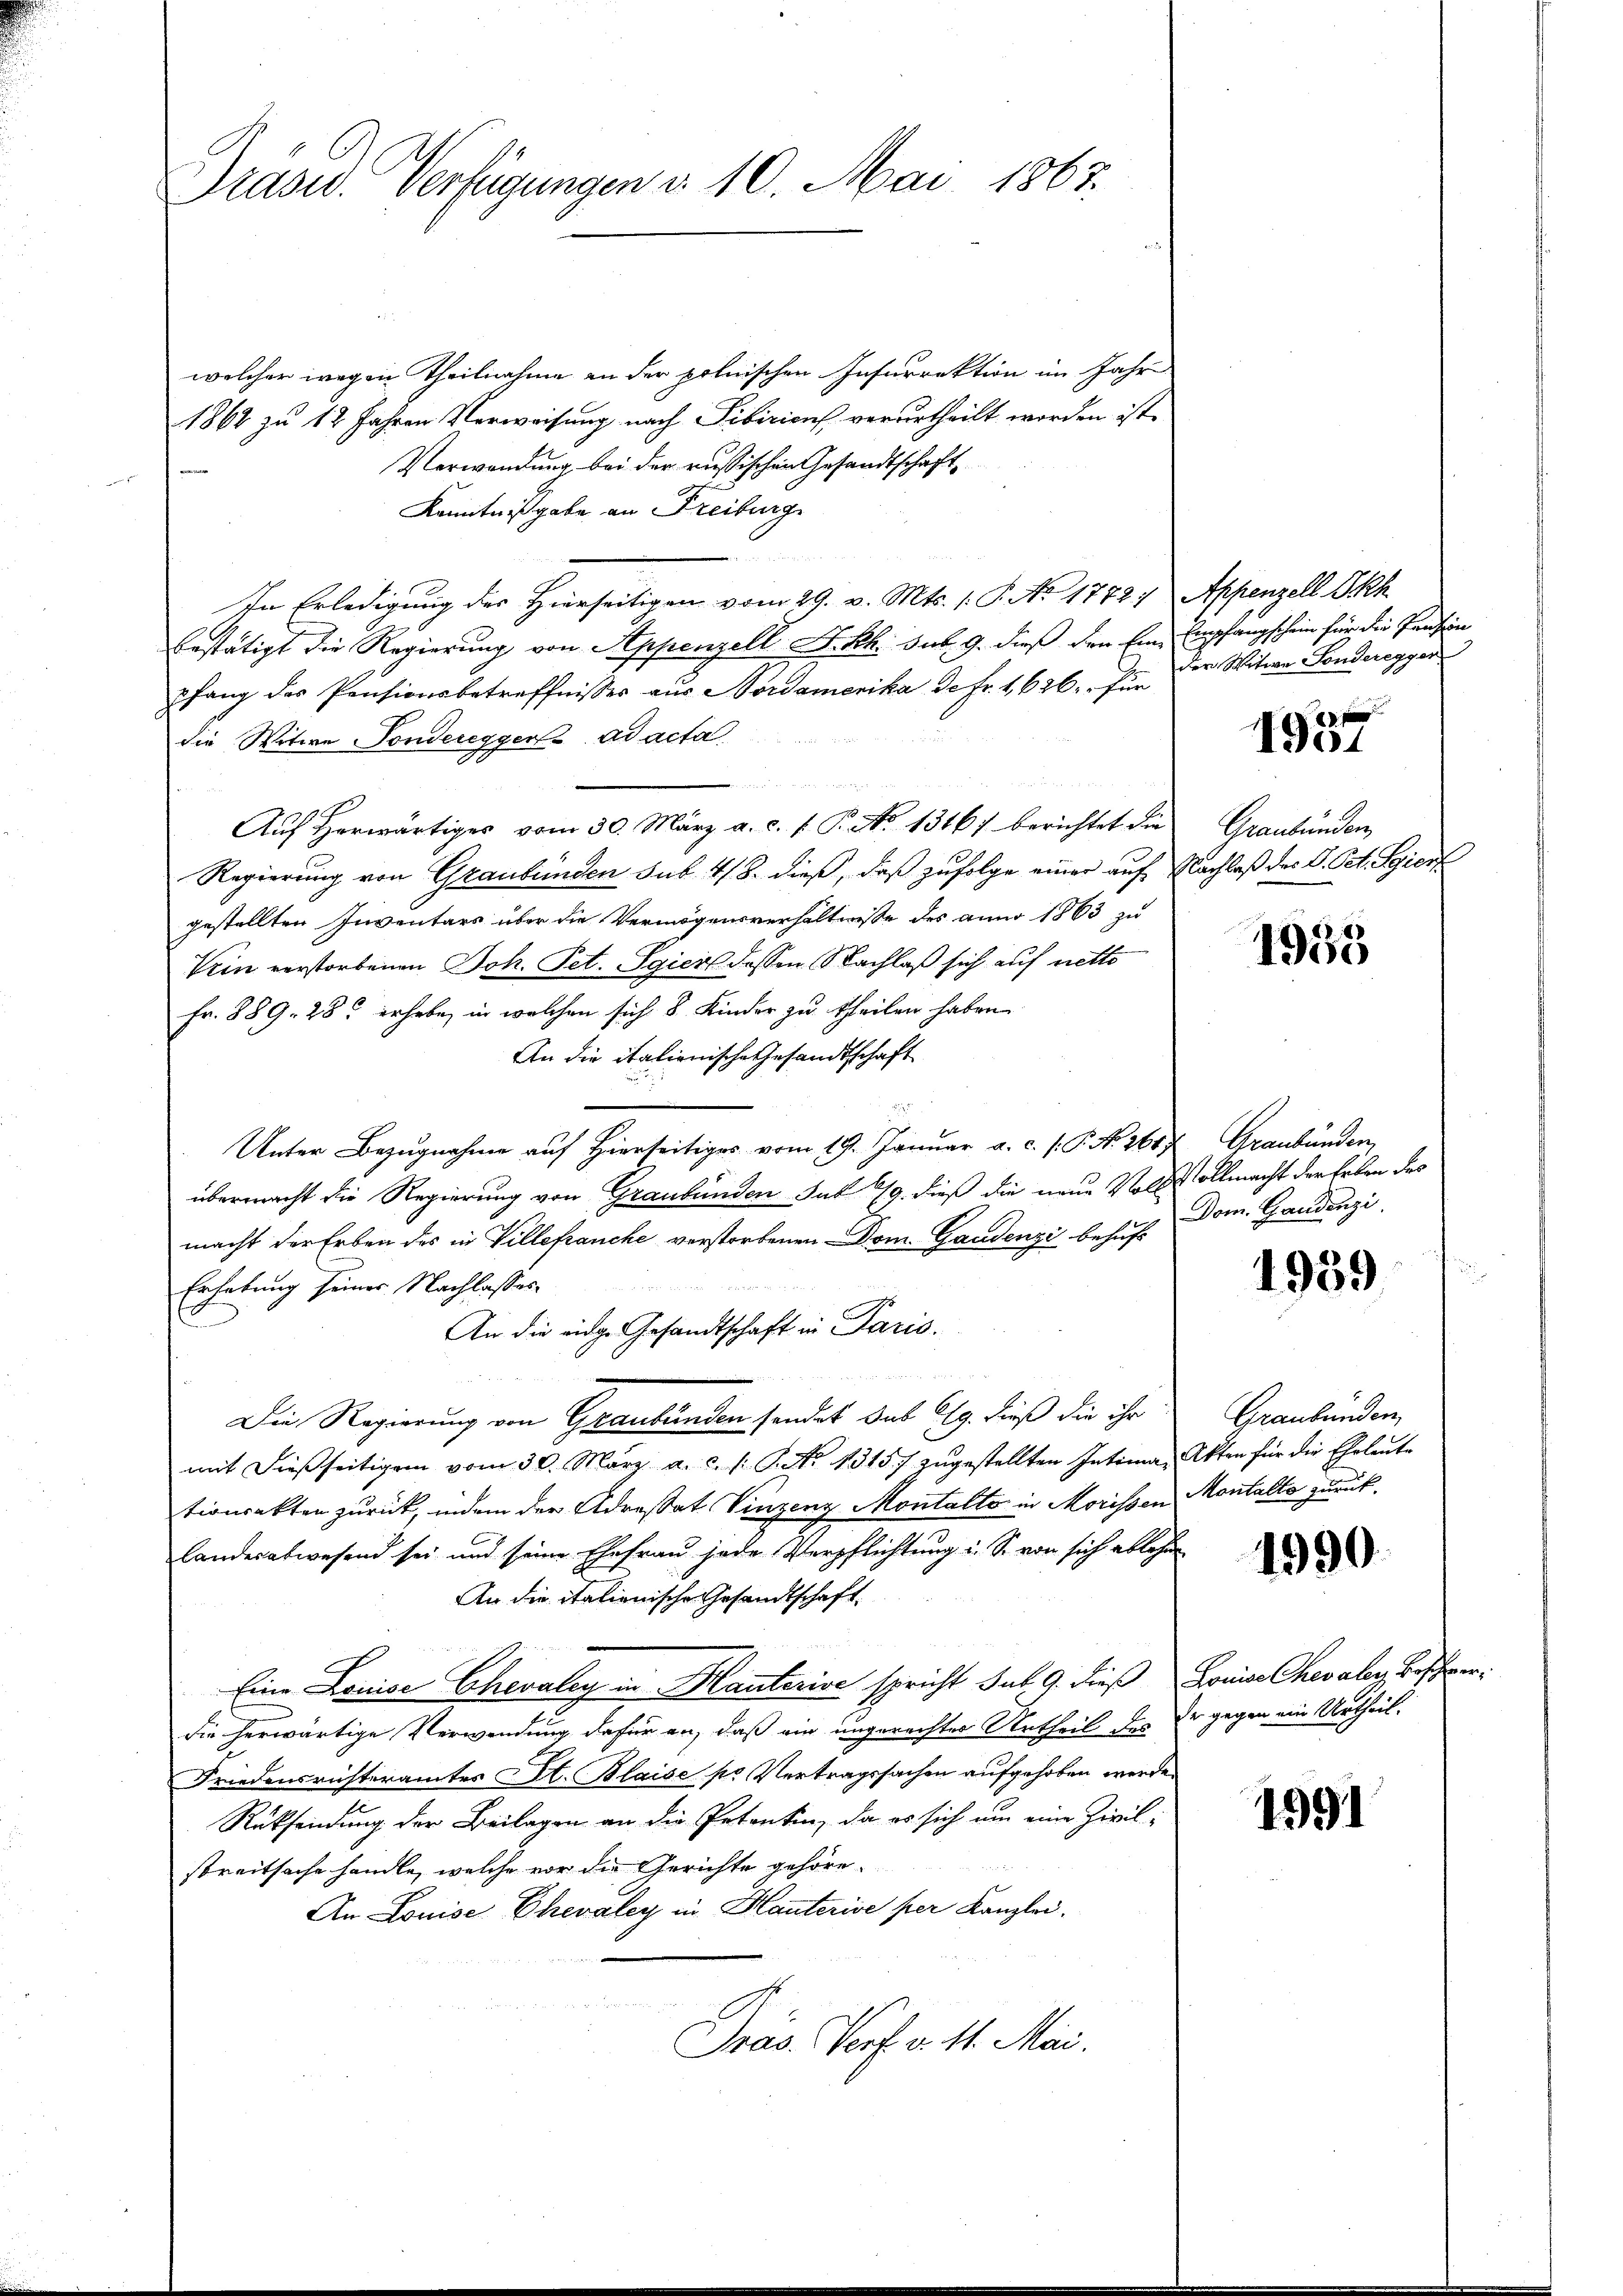
Präsid. Verfügungen v. 10. Mai 1863.

welcher wegen Theilnahme an der polnischen Insurrektion im Jahre
1864 zu 12 Jahren Verweisung nach Tibizions verurtheilt worden ist.
Verwendung bei der russischen Gesandtschaft
Kenntnißgabe an Freibung
In Erledigung des Hierseitigen vom 29. v. Mts. 1. P. No 17727 Appenzell Ikh
bestätigt die Regierung von Appenzell F. Rh. sub. 9. dieß den Eine Empfangschein für die Pension
pfang des Pensionsbetreffnisses aus Bordamerika de Fr. 1626. für
die Witwe Sondereggers ad acta.
Aŭf herwärtiges vom 30. März a. c. 1 P. No 1346) berichtet die
Regierung von Graubünden sub. 418. dieß, daß zufolge einer auf Nachlaß des V. Oct. Spiert
gestellten Inventars über die Vermögensverhältnisse des anno 1863 zu
Vein verstorbenen Joh. Pet. Egiert dessen Nachlaß sich auf netto
Fr. 889. 285 erhabe, in welchen sich 8 Kinder zu theilen haben
An die italienische Gesandtschaft
Unter Bezugnahme auf Hierseitiges vom 19. Januar a. c. s. P. No. 1687 Graubünden,
übermacht die Regierung von Graubünden sub 79. dieß die neue Vors Vollmacht der Erben des
macht der Erben des in Villefranche verstorbenen Dom. Gaudenzi behufs
Erhebung seiner Nachlasses
An die eidge Gesandtschaft in Paris.
Die Regierung von Graubünden sonder das Clg. dieß die ihr
mit dießseitigen vom 30. März a. c. s. S. 13157 zŭgestellten Intima, Akten für die Ehrleute
tionsakten zurück, indem der Adressat Vinzenz Montalte in Morissen Montalte zurücklanderatwesend sei und seine Ehefrau jede Verpflichtung i. S. von sich ablehn
An die italienische Gesandtschaft.
Eine Louise Chevaley in Hauterise spricht sub 9. dieß Louise Chevaler Beschwerdie herwärtige Verwendung dafür an, daß ein ungerechtes Urtheil des Er gegen ein Urtheil.
Friedensrichteramtes St. Blaise pr Vertragssachen aufgehoben werde.
Rücksendung der Beilagen an die Petenten, da es sich um eine Zivil-
streitsache handle, welche vor die Gerichte gehöre.
An Louise Chevaley in Kauterise per Kanzlei.
Präs. Vorf v. 11. Mai.

der Witwe Sonderegger

21 x
1901

Graubünden

1938

Dom. Handenzi

1939

Graubünden

1990.

1991